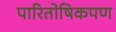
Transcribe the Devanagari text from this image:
पारितोषिकपण